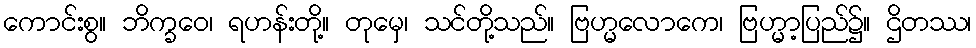
ကောင်းစွ။ ဘိက္ခဝေ၊ ရဟန်းတို့။ တုမှေ၊ သင်တို့သည်။ ဗြဟ္မလောကေ၊ ဗြဟ္မာ့ပြည်၌။ ဌိတဿ၊